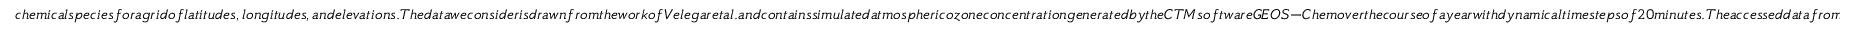
c h e m i c a l s p e c i e s f o r a g r i d o f l a t i t u d e s , l o n g i t u d e s , a n d e l e v a t i o n s . T h e d a t a w e c o n s i d e r i s d r a w n f r o m t h e w o r k o f V e l e g a r e t a l . a n d c o n t a i n s s i m u l a t e d a t m o s p h e r i c o z o n e c o n c e n t r a t i o n g e n e r a t e d b y t h e C T M s o f t w a r e G E O S - C h e m o v e r t h e c o u r s e o f a y e a r w i t h d y n a m i c a l t i m e s t e p s o f 2 0 m i n u t e s . T h e a c c e s s e d d a t a f r o m i s a c o m p r e s s e d S V D r e p r e s e n t a t i o n u s i n g t h e f i r s t 5 0 P O D m o d e s . T h e d e c o m p r e s s e d d a t a m a t r i x c o n s i s t s o f 2 6 , 2 0 8 s n a p s h o t s o f a 4 6 b y 7 2 b y 3 0 ( l a t i t u d e , l o n g i t u d e , e l e v a t i o n ) g r i d , f r o m w h i c h w e f u r t h e r d o w n s a m p l e t o o b t a i n 2 , 6 0 0 e v e n l y t e m p o r a l l y s p a c e d g l o b a l o z o n e c o n c e n t r a t i o n f i e l d s . T o a c c o u n t f o r t h e f a c t t h a t t h e d a t a m a t r i x i s i n h e r e n t l y r a n k 5 0 , w e a d d G a u s s i a n n o i s e w i t h s t a n d a r d d e v i a t i o n